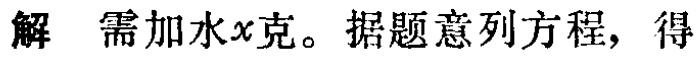
解 需加水\(x\)克。据题意列方程，得